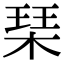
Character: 琹